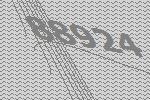
88924